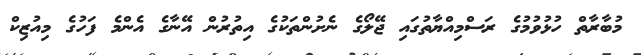
މުބާރާތް ހުޅުވުމުގެ ރަސްމިއްޔާތުގައި ޖޭލޯގެ ނެށުންތަކުގެ އިތުރުން އޭނާގެ އެންމެ ފަހުގެ މިއުޒިކް